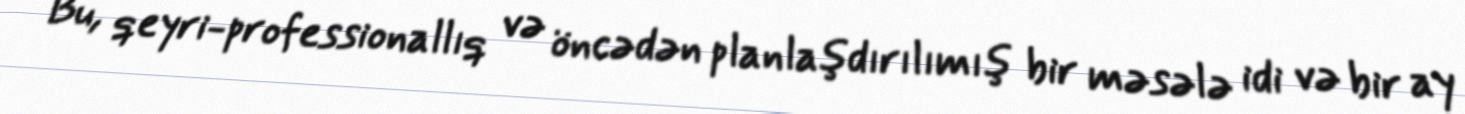
Bu, qeyri-professionallıq və öncədən planlaşdırılımış bir məsələ idi və bir ay